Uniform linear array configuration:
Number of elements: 16
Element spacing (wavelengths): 0.75
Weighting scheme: kaiser
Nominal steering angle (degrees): -15
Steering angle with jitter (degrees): -14.791
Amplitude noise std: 0.05
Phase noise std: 0.05

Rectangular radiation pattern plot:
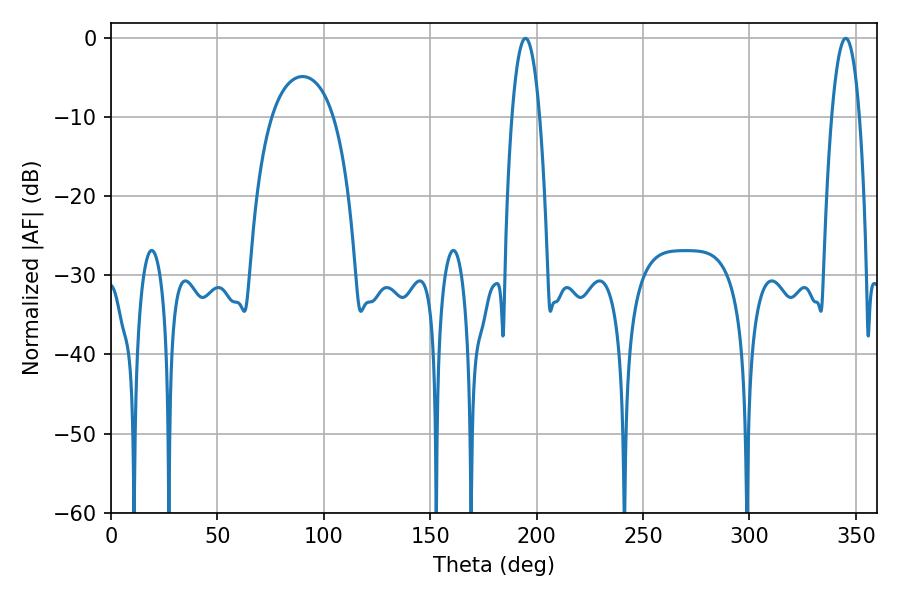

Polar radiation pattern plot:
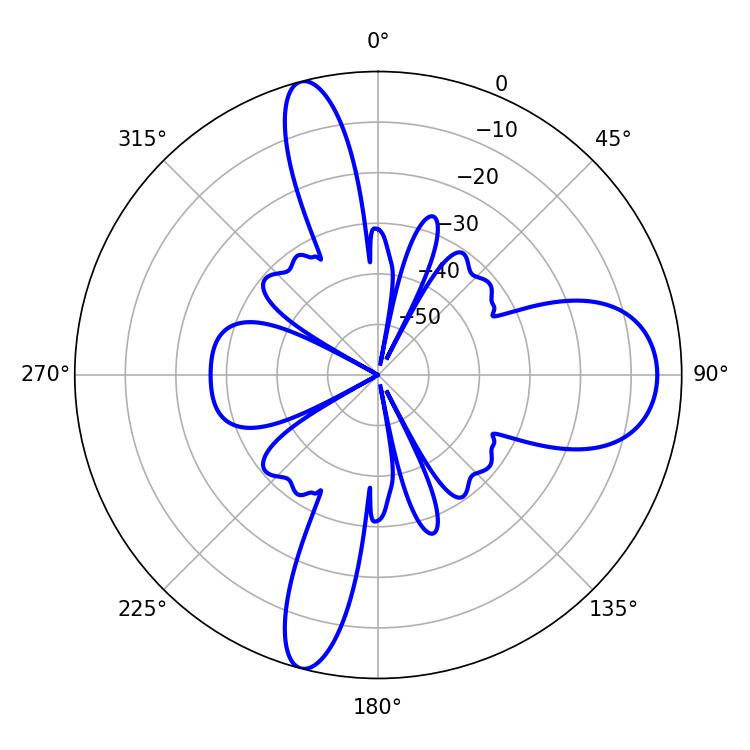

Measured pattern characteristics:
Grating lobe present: TRUE
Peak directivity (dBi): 15.11
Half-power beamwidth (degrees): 7.2
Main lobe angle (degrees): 194.76